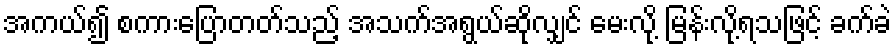
အကယ်၍ စကားပြောတတ်သည့် အသက်အရွယ်ဆိုလျှင် မေးလို့ မြန်းလို့ရသဖြင့် ခက်ခဲ